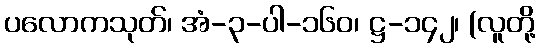
ပလောကသုတ်၊ အံ-၃-ပါ-၁၆၀၊ ဋ္ဌ-၁၄၂၊ (လူတို့